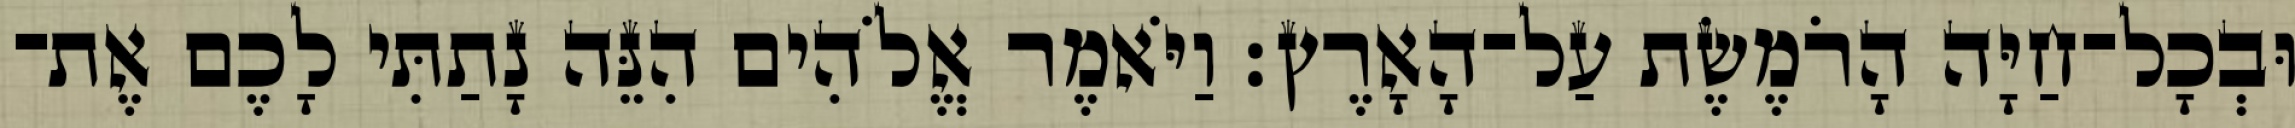
וּבְכָל־חַיָּה הָרֹמֶשֶׂת עַל־הָאָרֶץ׃ וַיֹּאמֶר אֱלֹהִים הִנֵּה נָתַתִּי לָכֶם אֶת־